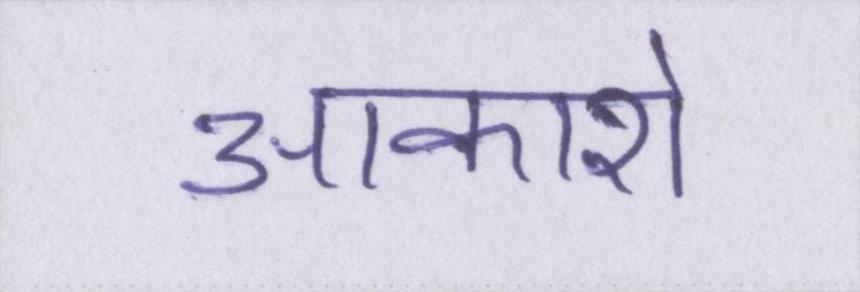
आकाशे